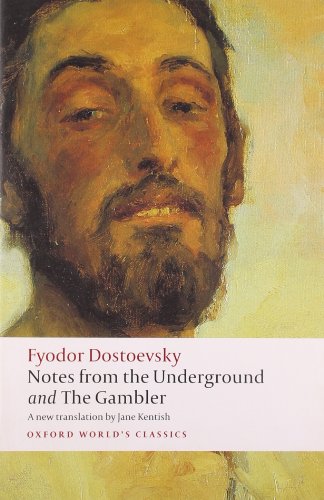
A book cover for Notes from the Underground, and The Gambler (Oxford World's Classics); Fyodor Dostoevsky; Literature & Fiction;